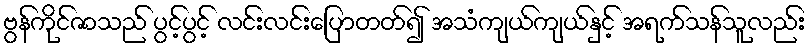
ဗွန်ကိုင်ဇာသည် ပွင့်ပွင့် လင်းလင်းပြောတတ်၍ အသံကျယ်ကျယ်နှင့် အရက်သန်သူလည်း